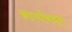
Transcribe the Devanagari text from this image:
आर्याबद्ध